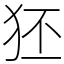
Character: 狉